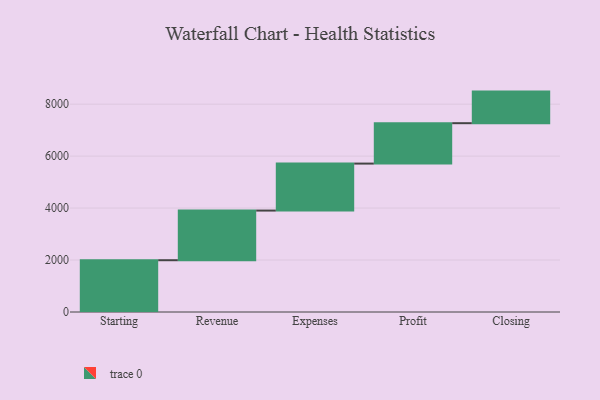
{"axis": {"x": "Step", "y": "Value"}, "legend": [""], "data": [{"x": "Starting", "y": 1993.0, "type": ""}, {"x": "Revenue", "y": 1911.0, "type": ""}, {"x": "Expenses", "y": 1808.0, "type": ""}, {"x": "Profit", "y": 1555.0, "type": ""}, {"x": "Closing", "y": 1216.0, "type": ""}]}